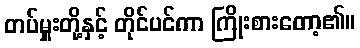
တပ်မှူးတို့နှင့် တိုင်ပင်ကာ ကြိုးစားတော့၏။